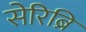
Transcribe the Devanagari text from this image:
सेरिब्रि